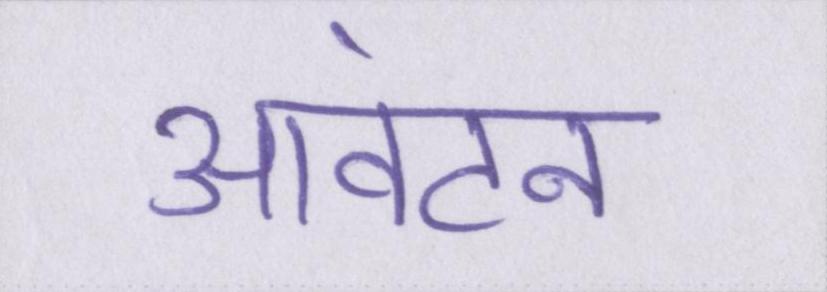
आवंटन